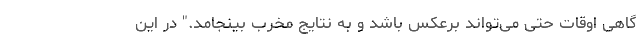
گاهی اوقات حتی می‌تواند برعکس باشد و به نتایج مخرب بینجامد." در این